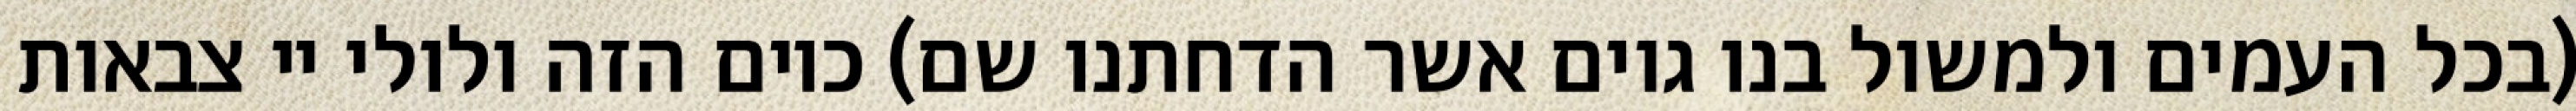
(בכל העמים ולמשול בנו גוים אשר הדחתנו שם) כיום הזה ולולי יי צבאות